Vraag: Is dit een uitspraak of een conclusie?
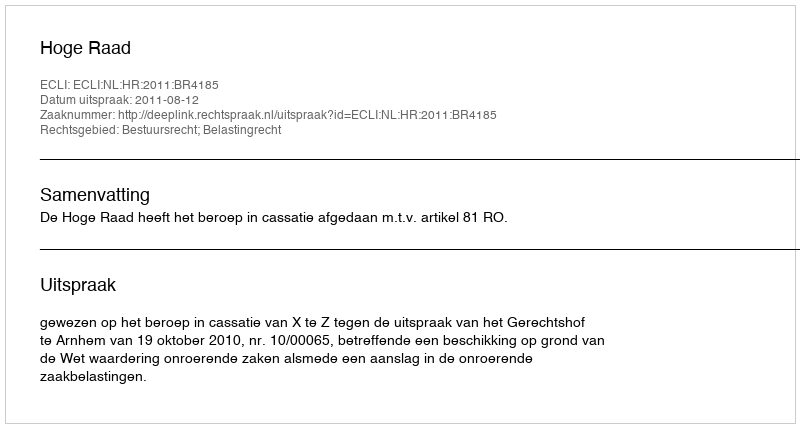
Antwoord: Uitspraak